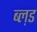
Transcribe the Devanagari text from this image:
ब्ल़ड